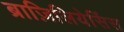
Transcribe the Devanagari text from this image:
ब्राज़िलियेसिंस